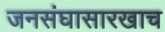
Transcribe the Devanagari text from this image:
जनसंघासारखाच